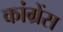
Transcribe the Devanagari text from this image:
कांग्रेंस